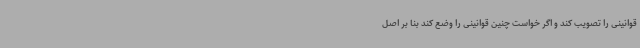
قوانینی را تصویب کند و اگر خواست چنین قوانینی را وضع کند بنا بر اصل